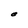
Character: e